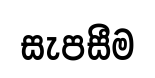
සැපසීම